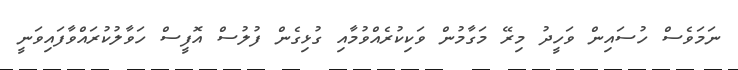
ނަމަވެސް ހުސައިން ވަހީދު މިރޭ މަގާމުން ވަކިކުރެއްވުމާއި ގުޅިގެން ފުލުސް އޮފީސް ހަވާލުކުރައްވާފައިވަނީ